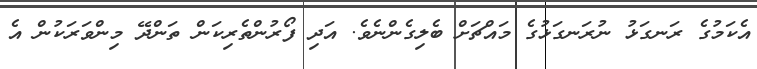
އެކަމުގެ ރަނގަޅު ނުރަނގަޅުގެ މައްޗަށް ބެލިގެންނެވެ. އަދި ފޯރުންތެރިކަން ތަންދޭ މިންވަރަކުން އެ